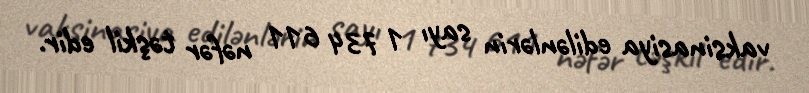
vaksinasiya edilənlərin sayı 1 734 611 nəfər təşkil edir.